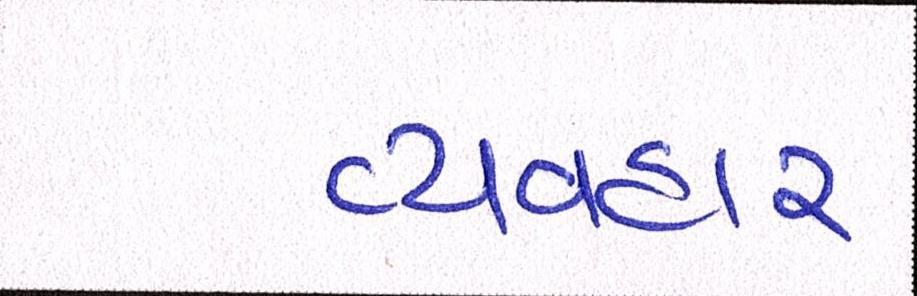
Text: વ્યવહાર